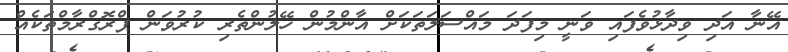
އޭނާ އަދި ވިދާޅުވެފައި ވަނީ މިފަދަ މައްސަލަތަކަށް އާންމުން ހޭލުންތެރި ކުރުވަން ޕްރޮގްރާމްތަކެއް